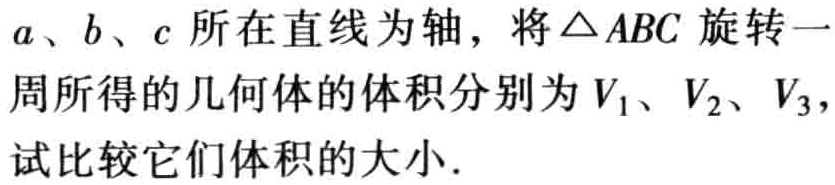
\(a、b、c\)所在直线为轴，将\(\triangle ABC\)旋转一周所得的几何体的体积分别为\(V_1、V_2、V_3\)，试比较它们体积的大小.